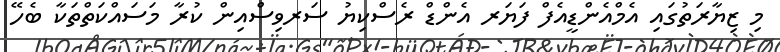
މި ޒިޔާރަތުގައި އެމްއެންޑީއެފް ފަޔަރ އެންޑް ރެސްކިޔު ސަރވިސްއިން ކުރާ މަސައްކަތްތަކާ ބެހޭ